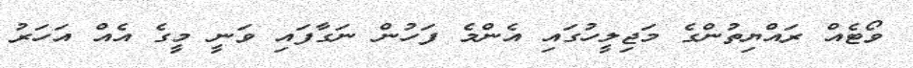
ވޯޓެއް ރައްޔިތުންގެ މަޖިލީހުގައި އެންމެ ފަހުން ނަގާފައި ވަނީ މީގެ އެއް އަހަރު